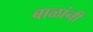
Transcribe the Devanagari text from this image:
बाळांनी